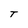
Character: T